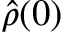
\hat { \rho } ( 0 )